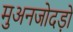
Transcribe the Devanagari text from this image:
मुअनजोदड़ो